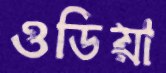
ওডিয়া